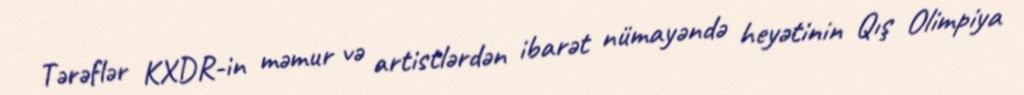
Tərəflər KXDR-in məmur və artistlərdən ibarət nümayəndə heyətinin Qış Olimpiya